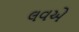
લવએ